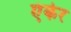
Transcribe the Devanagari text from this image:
एंकेर